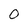
Character: o